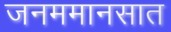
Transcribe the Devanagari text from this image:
जनममानसात